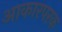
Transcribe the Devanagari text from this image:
आकारपरक